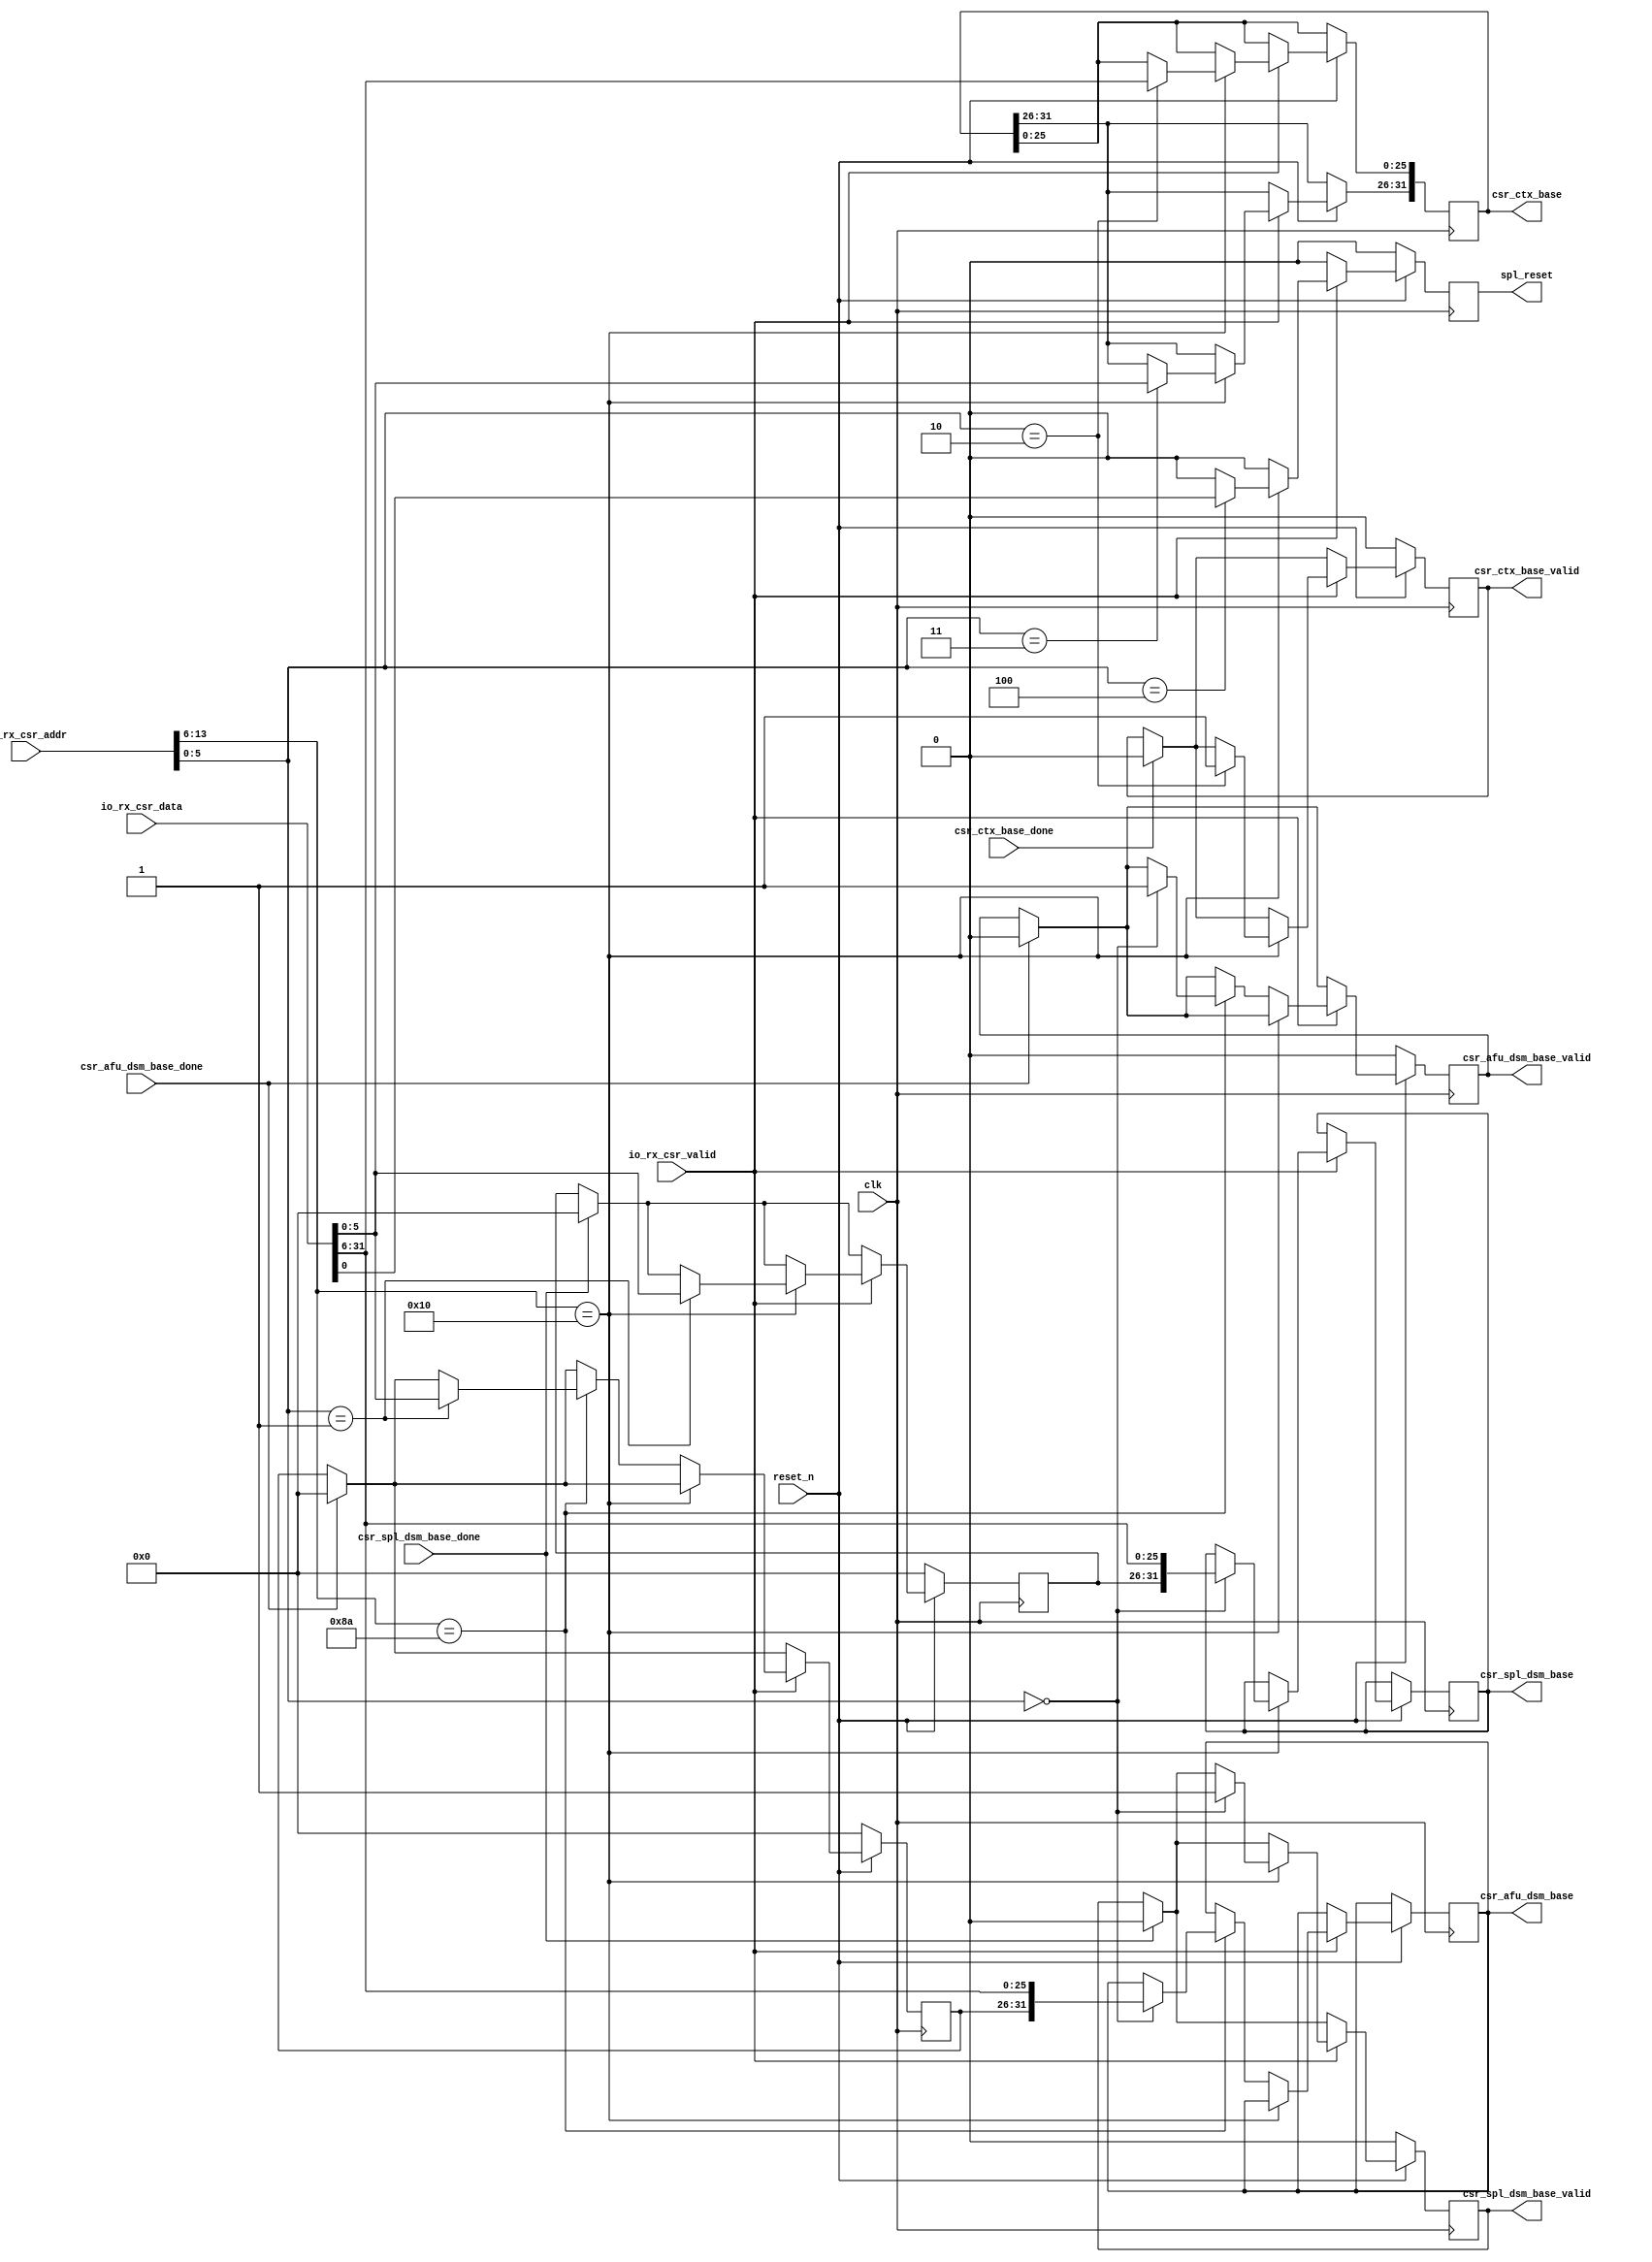
module csr_file(
    input  wire                             clk,
    input  wire                             reset_n,
    output wire                             spl_reset, 
    output reg                              csr_spl_dsm_base_valid,
    output reg  [31:0]                      csr_spl_dsm_base,
    input  wire                             csr_spl_dsm_base_done,
    output reg                              csr_afu_dsm_base_valid,
    output reg  [31:0]                      csr_afu_dsm_base,
    input  wire                             csr_afu_dsm_base_done,
    output reg                              csr_ctx_base_valid,
    output reg  [31:0]                      csr_ctx_base,
    input  wire                             csr_ctx_base_done,
    input  wire                             io_rx_csr_valid,
    input  wire [13:0]                      io_rx_csr_addr,
    input  wire [31:0]                      io_rx_csr_data
);
    localparam [5:0]
        SPL_CSR_DSR_BASEL          = 6'b00_0000,   
        SPL_CSR_DSR_BASEH          = 6'b00_0001,   
        SPL_CSR_CTX_BASELL         = 6'b00_0010,   
        SPL_CSR_CTX_BASELH         = 6'b00_0011,   
        SPL_CSR_CTRL               = 6'b00_0100,   
        SPL_CSR_SCRATCH            = 6'b11_1111;   
    localparam [5:0]
        AFU_CSR_DSR_BASEL          = 6'b00_0000,   
        AFU_CSR_DSR_BASEH          = 6'b00_0001,   
        AFU_CSR_CTX_BASEL          = 6'b00_0010,   
        AFU_CSR_CTX_BASEH          = 6'b00_0011,   
        AFU_CSR_SCRATCH            = 6'b11_1111,   
        AFU_CSR_CMD_OPCODE         = 6'b00_1111; 
    reg  [5:0]                     spl_dsr_base_hi;
    reg  [5:0]                     afu_dsr_base_hi;
    reg                            csr_reset = 0;
    reg                            csr_enable = 0;
    assign spl_reset  = csr_reset;
    always @(posedge clk) begin
        if (~reset_n) begin
            csr_spl_dsm_base_valid <= 1'b0;
            csr_afu_dsm_base_valid <= 1'b0;
            csr_ctx_base_valid     <= 1'b0;
            spl_dsr_base_hi        <= 0;
            afu_dsr_base_hi        <= 0;
            csr_reset              <= 0;
            csr_enable             <= 0;
        end 
        else begin             
            csr_reset     <= 1'b0;   
            csr_enable    <= 0;
            if ( csr_ctx_base_done )      csr_ctx_base_valid     <= 1'b0;
            if ( csr_spl_dsm_base_done )  csr_spl_dsm_base_valid <= 1'b0;  
            if ( csr_afu_dsm_base_done )  csr_afu_dsm_base_valid <= 1'b0; 
            if ( csr_spl_dsm_base_done )  spl_dsr_base_hi        <= 0;  
            if ( csr_afu_dsm_base_done )  afu_dsr_base_hi        <= 0;                
            if (io_rx_csr_valid) begin
                if (io_rx_csr_addr[13:6] == 8'h10) begin
                    case (io_rx_csr_addr[5:0]) 
                        SPL_CSR_DSR_BASEH : begin                
                            spl_dsr_base_hi <= io_rx_csr_data[5:0];                                                         
                        end
                        SPL_CSR_DSR_BASEL : begin                
                            csr_spl_dsm_base_valid <= 1'b1;
                            csr_spl_dsm_base       <= {spl_dsr_base_hi, io_rx_csr_data[31:6]};                           
                        end
                        SPL_CSR_CTX_BASELH : begin                
                            csr_ctx_base[31:26] <= io_rx_csr_data[5:0];                          
                        end
                        SPL_CSR_CTX_BASELL : begin                
                            csr_ctx_base[25:0] <= io_rx_csr_data[31:6];                            
                            csr_ctx_base_valid <= 1'b1;
                        end
                        SPL_CSR_CTRL : begin                
                            csr_reset  <= io_rx_csr_data[0];
                            csr_enable <= io_rx_csr_data[1];
                        end  								
                    endcase
                end
                else if (io_rx_csr_addr[13:6] == 8'h8a) begin
                    case (io_rx_csr_addr[5:0]) 
                        AFU_CSR_DSR_BASEH : begin                
                            afu_dsr_base_hi <= io_rx_csr_data[5:0];                               
                        end
                        AFU_CSR_DSR_BASEL : begin                
                            csr_afu_dsm_base_valid <= 1'b1;                            
                            csr_afu_dsm_base       <= {afu_dsr_base_hi, io_rx_csr_data[31:6]};                                            
                        end 
                    endcase
                end
            end
        end
    end 
endmodule